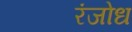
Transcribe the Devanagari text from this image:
रंजोध